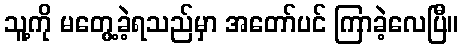
သူ့ကို မတွေ့ခဲ့ရသည်မှာ အတော်ပင် ကြာခဲ့လေပြီ။